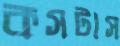
কসটাস